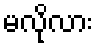
မလိုလား